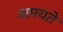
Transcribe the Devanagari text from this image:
शमयते